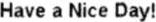
HAVE A NICE DAY!